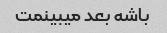
باشه بعد میبینمت